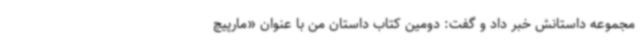
مجموعه داستانش خبر داد و گفت: دومین کتاب داستان من با عنوان «مارپیچ